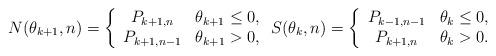
LaTeX: \begin{align*}N(\theta_{k+1},n)=\left\{\begin{array}{ccc}P_{k+1,n}&\mbox{$\theta_{k+1}\le 0$},\\P_{k+1,n-1}&\mbox{$\theta_{k+1}> 0$},\end{array}\right.S(\theta_{k},n)=\left\{\begin{array}{ccc}P_{k-1,n-1}&\mbox{$\theta_{k}\le 0$},\\P_{k+1,n}&\mbox{$\theta_{k}> 0$}.\end{array}\right.\end{align*}